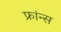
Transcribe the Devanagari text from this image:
फ्रांन्स